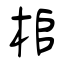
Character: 桘